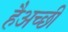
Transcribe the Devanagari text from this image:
हैअच्छी